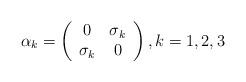
LaTeX: \begin{align*}\alpha_k=\left(\begin{array}{cc}0 & \sigma_k \\\sigma_k & 0\end{array}\right),k=1,2,3\end{align*}